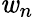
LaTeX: \mathit{w}_{n}